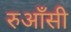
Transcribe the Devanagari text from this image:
रुआँसी